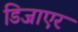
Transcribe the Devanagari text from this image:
डिजाएर